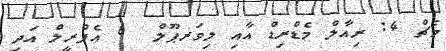
މެޗް 4: ރިއާލް މެޑްރިޑް އާއި ލިވަރޕޫލް  6 އެޕްރީލް އަދި